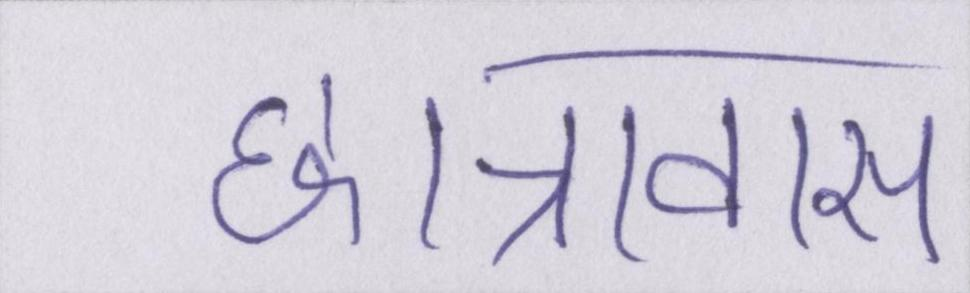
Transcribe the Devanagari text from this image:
छात्रावास